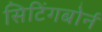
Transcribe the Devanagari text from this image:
सिटिंगबोर्न